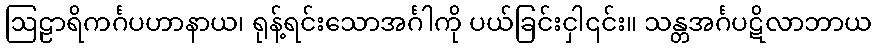
ဩဠာရိကင်္ဂပဟာနာယ၊ ရုန့်ရင်းသောအင်္ဂါကို ပယ်ခြင်းငှါ၎င်း။ သန္တအင်္ဂပဋိလာဘာယ